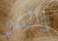
والدو